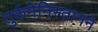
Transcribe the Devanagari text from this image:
तुर्कमेनिस्तानने